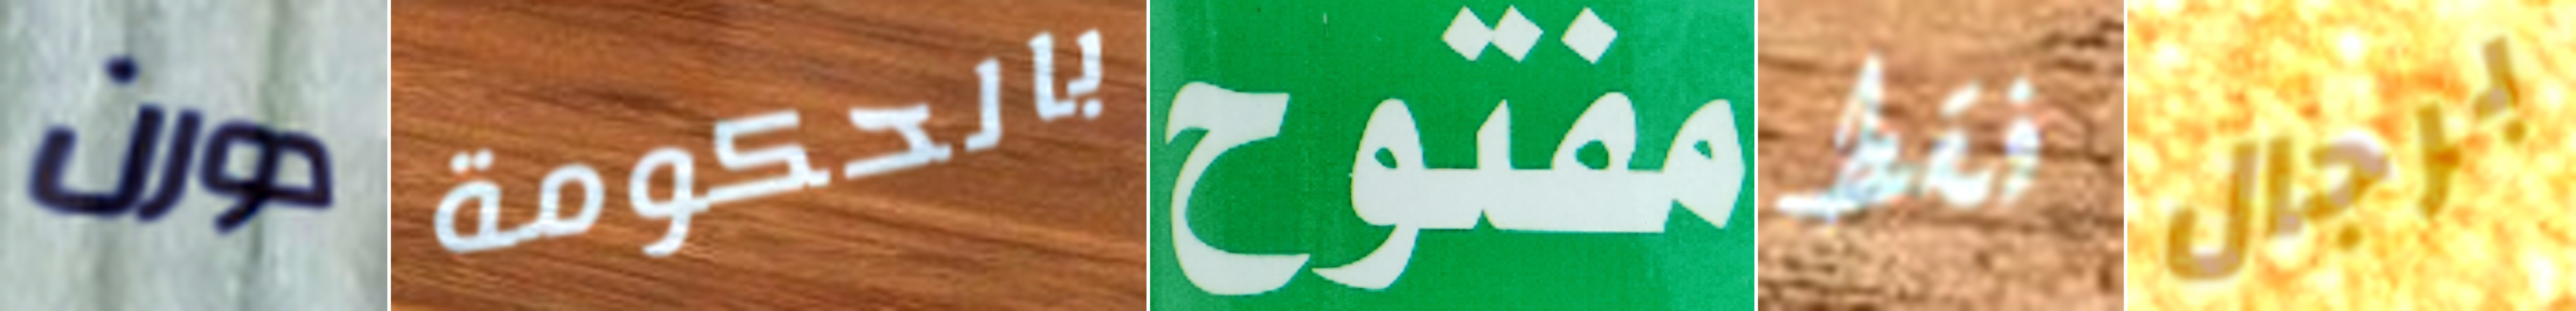
دورن بالحكومة مفتوح فقط برجال